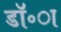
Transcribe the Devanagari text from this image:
डॉ॰ा